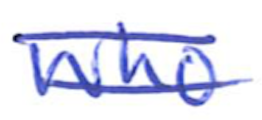
Text: who
Cross-out: double-line
Writing tool: ballpoint